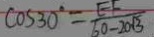
\cos 3 0 ^ { \circ } = \frac { E F } { 6 0 - 2 0 \sqrt { 3 } }